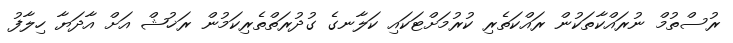
ރުސްތުމް ނުރައްކާތަކުން ރައްކަތެރި ކުރުމަށްޓަކައި ކަލާނގެ ގުދުރަތްތެރިކަމުން ރަޚުޝް އަށް އާދަޔާ ހިލާފު